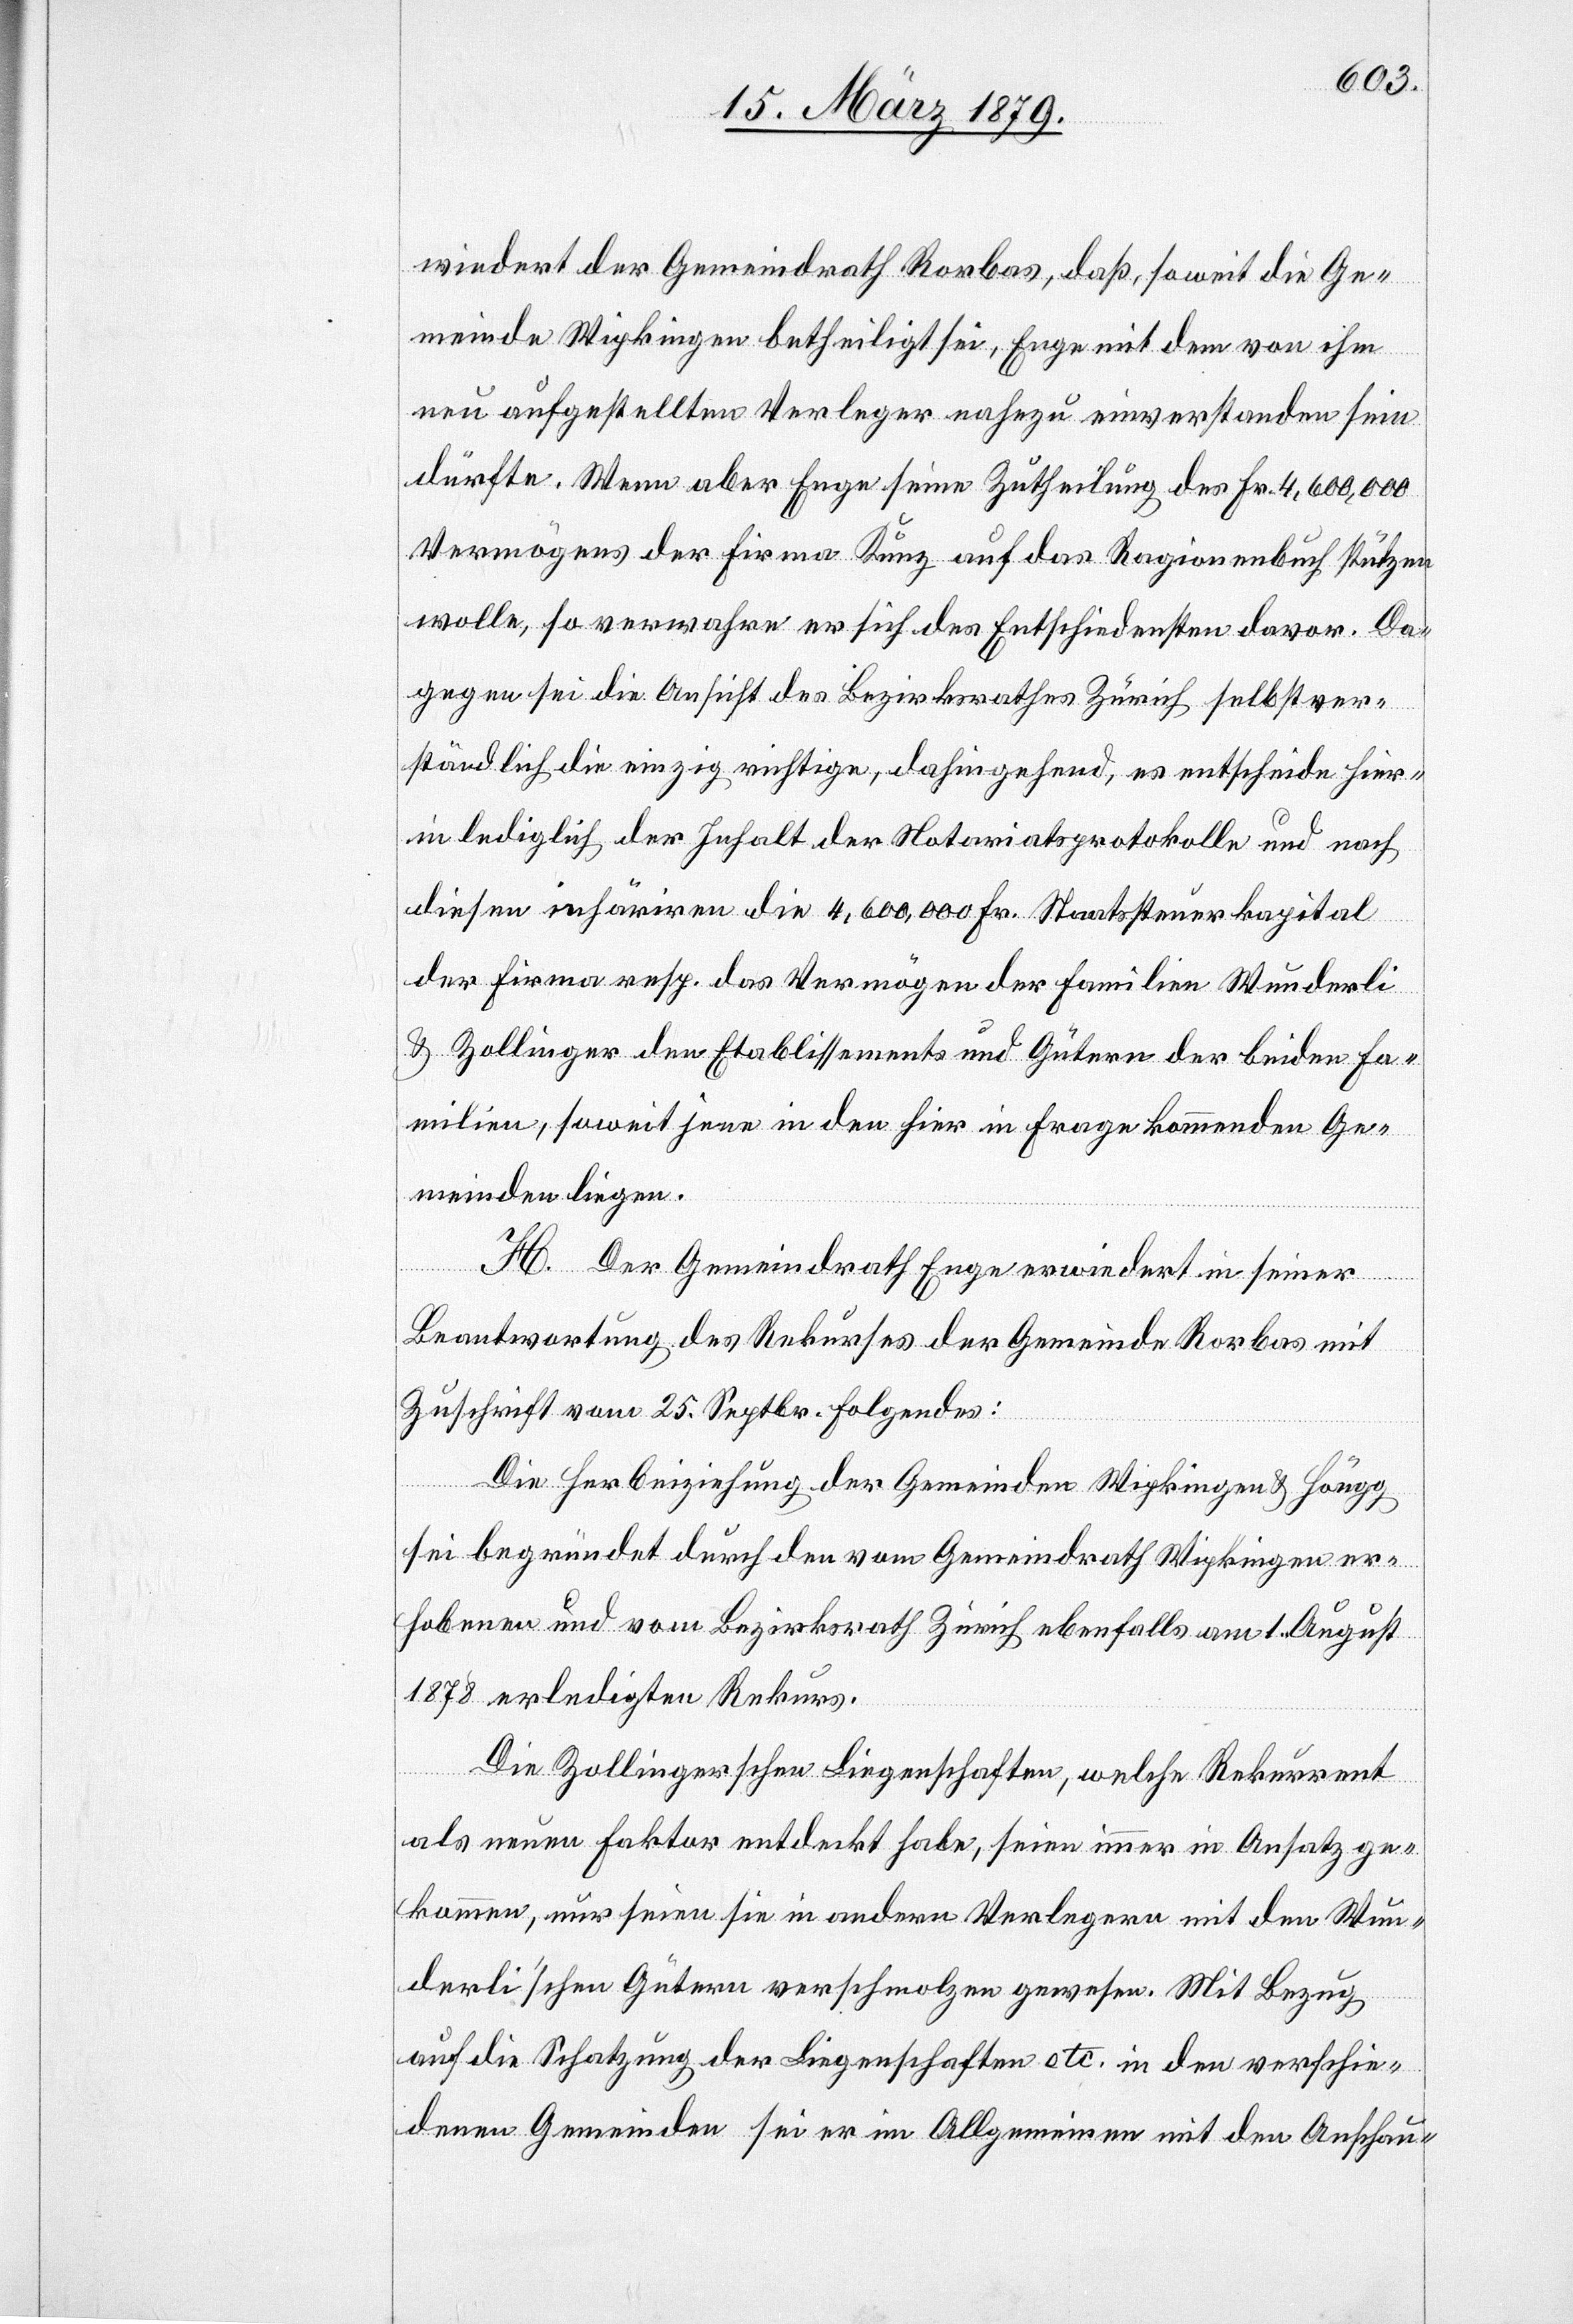
wiedert der Gemeindrath Rorbas, daß, soweit die Ge¬
meinde Wipkingen betheiligt sei, Enge mit dem von ihm
neu aufgestellten Verleger nahezu einverstanden sein
dürfte. Wenn aber Enge seine Zutheilung des Fr. 4,600,000
Vermögens der Firma Kunz auf das Ragionenbuch stützen
wolle, so verwahre er sich des Entschiedensten davor. Da¬
gegen sei die Ansicht des Bezirksrathes Zürich selbstver¬
ständlich die einzig richtige, dahingehend, es entscheide hier¬
in lediglich der Inhalt der Notariatsprotokolle und nach
diesen inhäriren die 4,600,000 Fr. Staatssteuerkapital
der Firma resp. das Vermögen der Familien Wunderli
& Zollinger den Etablissements und Gütern der beiden Fa¬
milien, soweit jene in den hier in Frage kommenden Ge¬
meinden liegen.
H. Der Gemeindrath Enge erwiedert in seiner
Beantwortung des Rekurses der Gemeinde Rorbas mit
Zuschrift vom 25. Septbr. Folgendes:
Die Herbeiziehung der Gemeinden Wipkingen & Höngg
sei begründet durch den vom Gemeindrath Wipkingen er¬
hobenen und vom Bezirksrath Zürich ebenfalls am 1. August
1878 erledigten Rekurs.
Die Zollingerschen Liegenschaften, welche Rekurrent
als neuen Faktor entdeckt habe, seien immer in Ansatz ge¬
kommen, nur seien sie in andern Verlegern mit den Wun¬
derli’schen Gütern verschmolzen gewesen. Mit Bezug
auf die Schatzung der Liegenschaften etc. in den verschie¬
denen Gemeinden sei er im Allgemeinen mit den Anschau-